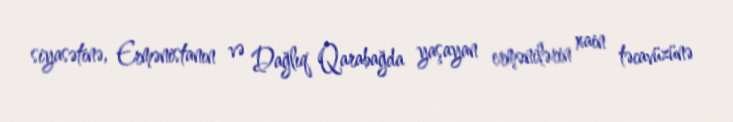
siyasətinə, Ermənistanın və Dağlıq Qarabağda yaşayan ermənilərin xain təcavüzünə